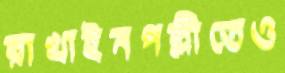
রাখাইনপল্লীতেও